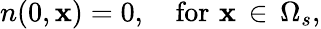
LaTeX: n(0,\mathbf{x})=0,\quad\textup{for}\, \, \mathbf{x}\, \in\, \Omega_{s},